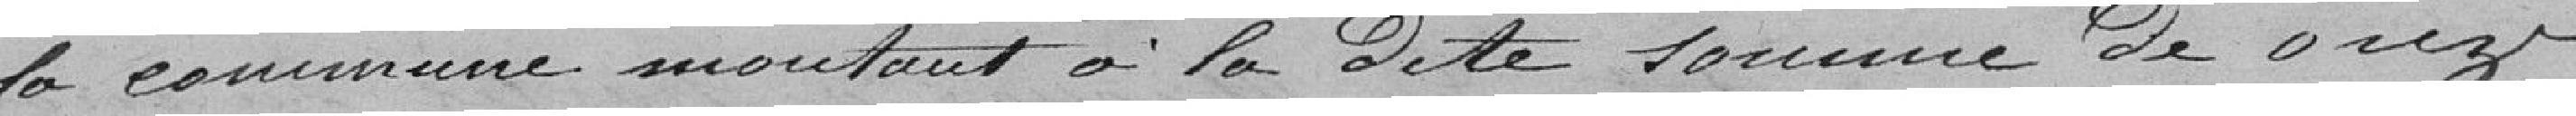
la commune montant à la dite somme de onze